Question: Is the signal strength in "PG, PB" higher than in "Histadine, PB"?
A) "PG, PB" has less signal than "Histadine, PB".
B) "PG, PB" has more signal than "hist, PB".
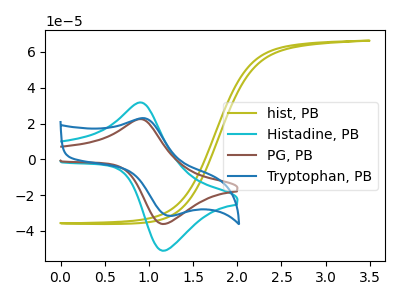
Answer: <think>The olive curve "hist, PB" has no peaks. The cyan curve "Histadine, PB" has an anodic peak at (0.90V, 31.70uA) and a cathodic peak at (1.15V, -51.00uA). The brown curve "PG, PB" has an anodic peak at (0.90V, 22.45uA) and a cathodic peak at (1.15V, -36.10uA). The blue curve "Tryptophan, PB" has an anodic peak at (0.95V, 22.90uA) and a cathodic peak at (1.25V, -31.60uA).
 All the peaks in "PG, PB" have a peak in "Histadine, PB" at the same potential. Every peak in "PG, PB" is lower than every peak in "Histadine, PB".</think>
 <answer>A) "PG, PB" has less signal than "Histadine, PB".</answer>
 <eval>A</eval>